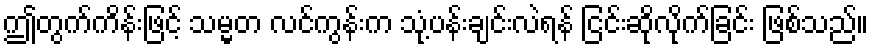
ဤတွက်ကိန်းဖြင့် သမ္မတ လင်ကွန်းက သုံ့ပန်းချင်းလဲရန် ငြင်းဆိုလိုက်ခြင်း ဖြစ်သည်။